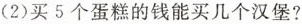
（2）买5个蛋糕的钱能买几个汉堡？